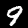
Label: 9